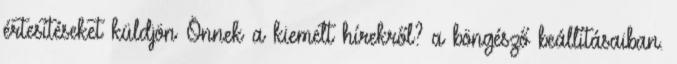
értesítéseket küldjön Önnek a kiemelt hírekről? a böngésző beállításaiban.